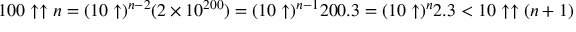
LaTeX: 1 0 0 \uparrow \uparrow n = ( 1 0 \uparrow ) ^ { n - 2 } ( 2 \times 1 0 ^ { 2 0 0 } ) = ( 1 0 \uparrow ) ^ { n - 1 } 2 0 0 . 3 = ( 1 0 \uparrow ) ^ { n } 2 . 3 < 1 0 \uparrow \uparrow ( n + 1 )